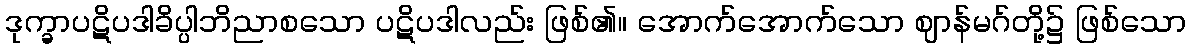
ဒုက္ခာပဋိပဒါခိပ္ပါဘိညာစသော ပဋိပဒါလည်း ဖြစ်၏။ အောက်အောက်သော ဈာန်မဂ်တို့၌ ဖြစ်သော